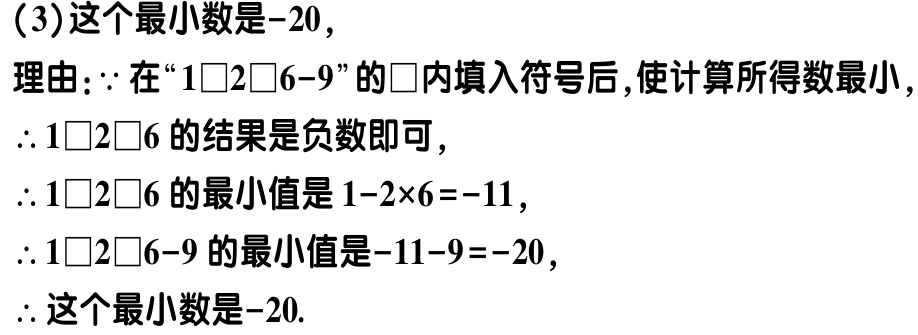
（3）这个最小数是\(-20\)，
理由：\(\because\)在“\(1\square2\square6 - 9\)”的\(\square\)内填入符号后，使计算所得数最小，
\(\therefore 1\square2\square6\)的结果是负数即可，
\(\therefore 1\square2\square6\)的最小值是\(1 - 2\times6=-11\)，
\(\therefore 1\square2\square6 - 9\)的最小值是\(-11 - 9=-20\)，
\(\therefore\)这个最小数是\(-20\).